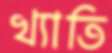
খ্যাতি